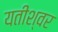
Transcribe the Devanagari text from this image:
यतीश्वर